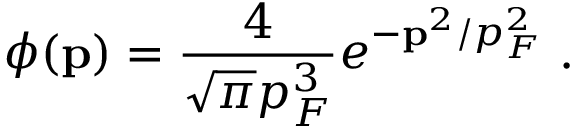
\displaystyle \phi ( { \bf p } ) = \frac { 4 } { \sqrt { \pi } p _ { F } ^ { 3 } } e ^ { - { \bf p } ^ { 2 } / p _ { F } ^ { 2 } } \; .